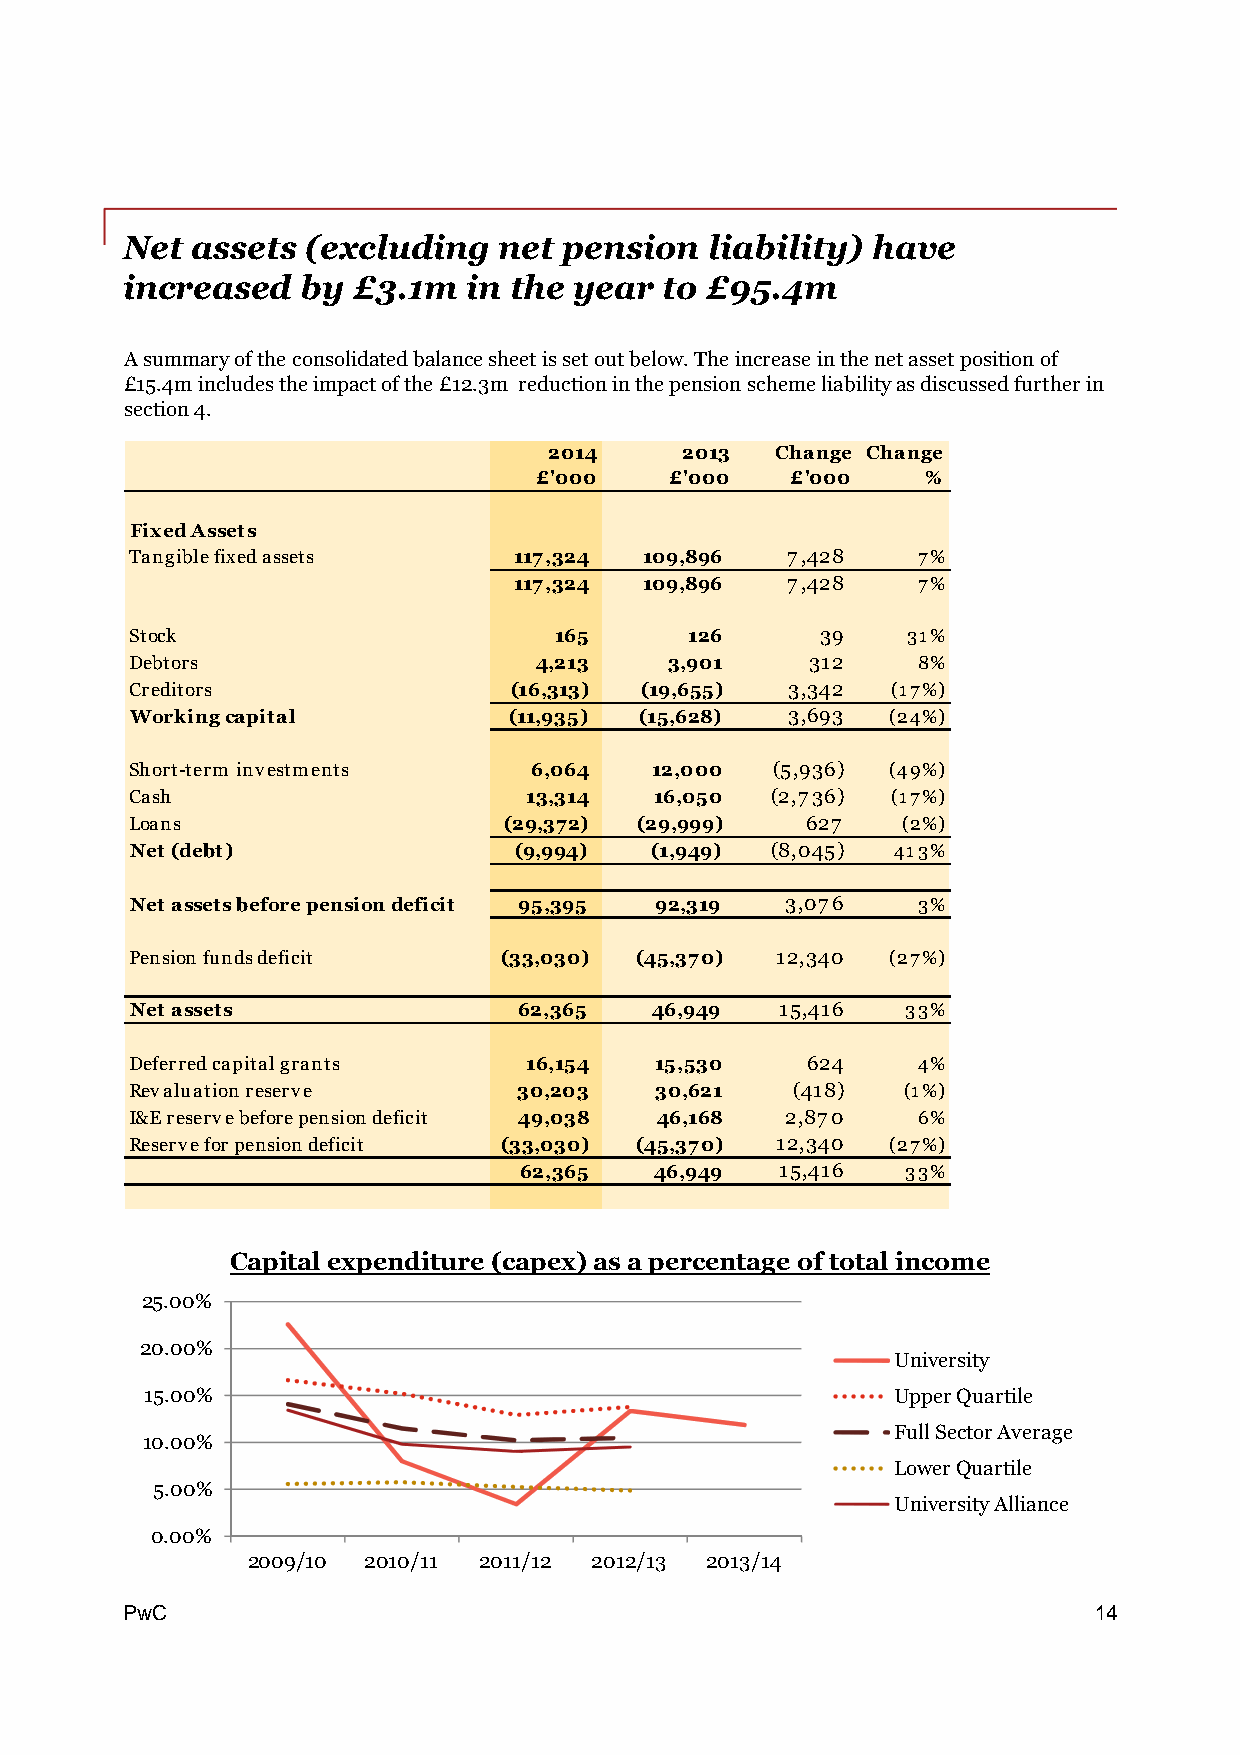
Net  assets (excluding   net pension   liability) have
 increased   by £3.1m   in the year  to £95.4m
 Asummaryoftheconsolidatedbalancesheetissetoutbelow.Theincreaseinthenetassetpositionof
 £15.4mincludestheimpactofthe£12.3m reductioninthepensionschemeliabilityasdiscussedfurtherin
 section4.
 2014     2013  Change Change
 £'000    £'000   £'000    %
 FixedAssets
 Tangiblefixedassets      117,324  109,896  7,428    7%
 117,324  109,896  7,428    7%
 Stock                       165      126     39    31%
 Debtors                   4,213    3,901     312    8%
 Creditors                (16,313) (19,655) 3,342  (17%)
 Workingcapital           (11,935) (15,628) 3,693  (24%)
 Short-term investments    6,064   12,000  (5,936) (49%)
 Cash                      13,314  16,050  (2,736) (17%)
 Loans                   (29,372) (29,999)   627    (2%)
 Net (debt)               (9,994)  (1,949) (8,045) 413%
 Net assetsbeforepensiondeficit 95,395 92,319 3,076  3%
 Pensionfundsdeficit     (33,030) (45,370) 12,340  (27%)
 Net assets               62,365   46,949   15,416  33%
 Deferredcapitalgrants     16,154  15,530    624     4%
 Revaluationreserve       30,203   30,621   (418)   (1%)
 I&Ereservebeforepensiondeficit 49,038 46,168 2,870  6%
 Reservefor pensiondeficit (33,030) (45,370) 12,340 (27%)
 62,365   46,949   15,416  33%
 Capitalexpenditure (capex)asa percentageoftotalincome
 25.00%
 20.00%
 University
 15.00%                                           UpperQuartile
 FullSectorAverage
 10.00%
 LowerQuartile
 5.00%
 UniversityAlliance
 0.00%
 2009/10 2010/11 2011/12 2012/13 2013/14
 PPwwCC                                                          14